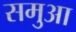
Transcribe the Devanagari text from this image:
समुआ